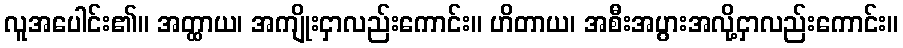
လူအပေါင်း၏။ အတ္ထာယ၊ အကျိုးငှာလည်းကောင်း။ ဟိတာယ၊ အစီးအပွားအလို့ငှာလည်းကောင်း။